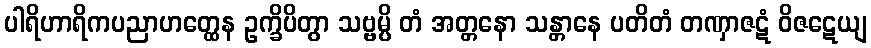
ပါရိဟာရိကပညာဟတ္ထေန ဥက္ခိပိတွာ သဗ္ဗမ္ပိ တံ အတ္တနော သန္တာနေ ပတိတံ တဏှာဇဋံ ဝိဇဋေယျ